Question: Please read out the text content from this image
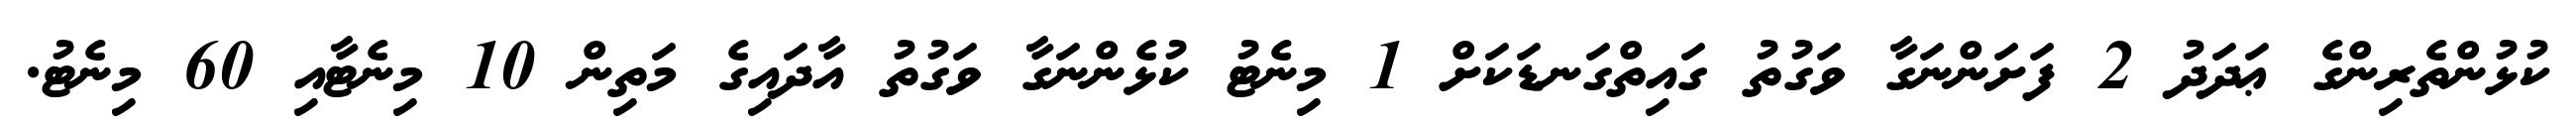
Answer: ކުޅުންތެރިންގެ ޢަދަދު 2 ފަށަންނަގާ ވަގުތު ގައިތްގަނޑަކަށް 1 މިނެޓު ކުޅެންނަގާ ވަގުތު އާދައިގެ މަތިން 10 މިނެޓާއި 60 މިނެޓު.